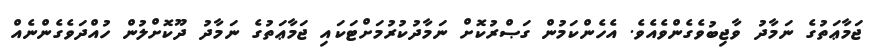
ޖަމާޢަތުގެ ނަމާދު ވާޖިބުވެގެންވެއެވެ. އެހެންކަމުން ގަޞްރުކޮށް ނަމާދުކުރުމަށްޓަކައި ޖަމާޢަތުގެ ނަމާދު ދޫކޮށްލުން ހުއްދަވެގެންނެއް